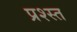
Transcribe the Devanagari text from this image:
प्रश्स्त